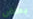
بعض